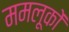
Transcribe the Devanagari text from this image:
ममलूकों